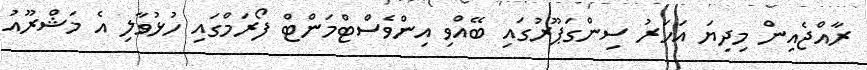
ރާއްޖެއިން މިދިޔަ އަހަރު ސިންގަޕޫރުގައި ބޭއްވި އިންވެސްޓްމަންޓް ފޯރަމްގައި ހުޅުވާލި އެ މަޝްރޫއު